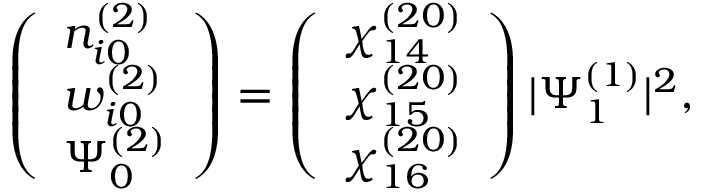
\begin{array} { r } { \left( \begin{array} { l } { n _ { i 0 } ^ { ( 2 ) } } \\ { w _ { i 0 } ^ { ( 2 ) } } \\ { \Psi _ { 0 } ^ { ( 2 ) } } \end{array} \right) = \left( \begin{array} { l } { \chi _ { 1 4 } ^ { ( 2 0 ) } } \\ { \chi _ { 1 5 } ^ { ( 2 0 ) } } \\ { \chi _ { 1 6 } ^ { ( 2 0 ) } } \end{array} \right) | \Psi _ { 1 } ^ { ( 1 ) } | ^ { 2 } , } \end{array}